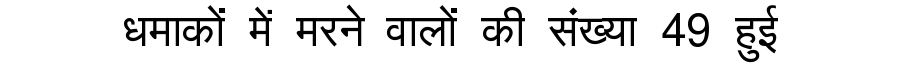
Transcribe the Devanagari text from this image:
धमाकों में मरने वालों की संख्या 49 हुई